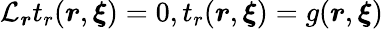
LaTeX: \mathcal{L}_{\boldsymbol{r}}t_{r}(\boldsymbol{r},\boldsymbol{\xi})=0,t_{r}(\boldsymbol{r},\boldsymbol{\xi})=g(\boldsymbol{r},\boldsymbol{\xi})